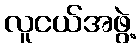
လူငယ်အဖွဲ့